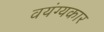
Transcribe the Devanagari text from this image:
वयंग्यकार